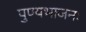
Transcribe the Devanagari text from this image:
पुण्यभाजनः